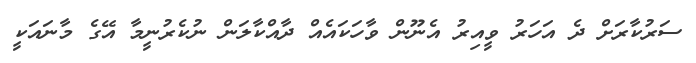
ސަރުކާރަށް ދެ އަހަރު ވީއިރު އެނޫން ވާހަކައެއް ދާއްކާލަން ނުކެރުނީމާ އޭގެ މާނައަކީ